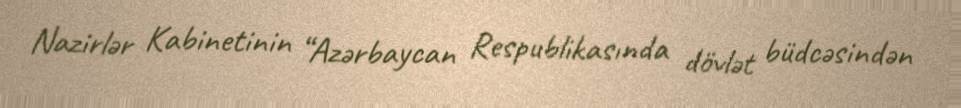
Nazirlər Kabinetinin “Azərbaycan Respublikasında dövlət büdcəsindən